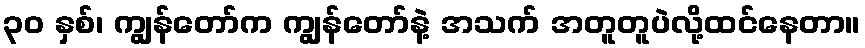
၃၀ နှစ်၊ ကျွန်တော်က ကျွန်တော်နဲ့ အသက် အတူတူပဲလို့ထင်နေတာ။